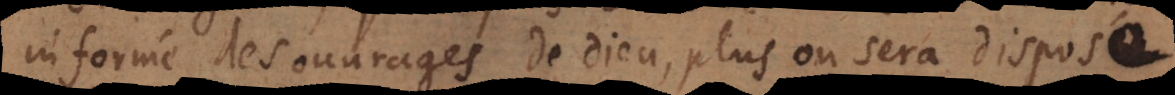
informé des ouvrages de Dieu, plus on sera disposé